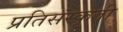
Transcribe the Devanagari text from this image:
प्रतिसंस्कृती